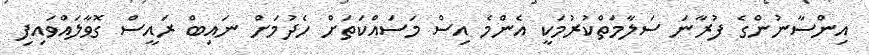
އިންސާނުންގެ ފުރާނަ ސަލާމަތްކުރުމަކީ އެންމެ އިސް މަސައްކަތަށް ހެދުމަށް ނައިބް ރައީސް ގޮވާލައްވައިފި